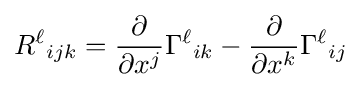
R^{\ell }{}_{ijk}={\frac {\partial }{\partial x^{j}}}\Gamma ^{\ell }{}_{ik}-{\frac {\partial }{\partial x^{k}}}\Gamma ^{\ell }{}_{ij}